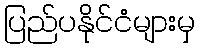
ပြည်ပနိုင်ငံများမှ